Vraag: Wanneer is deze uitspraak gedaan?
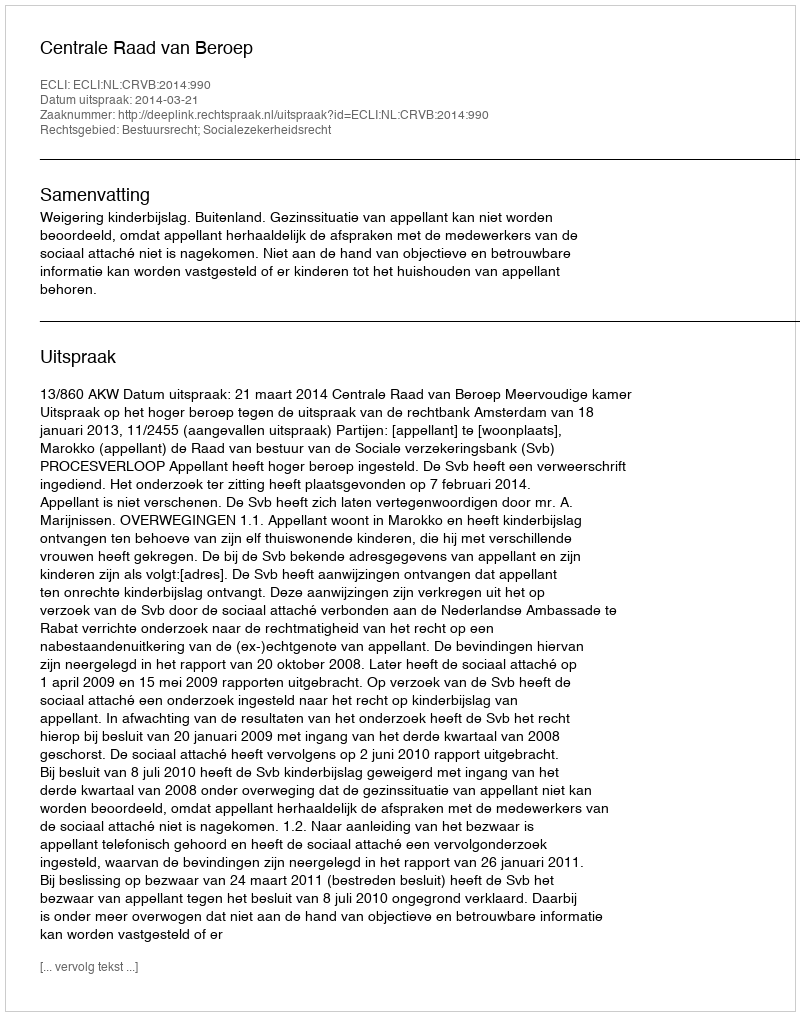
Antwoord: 2014-03-21